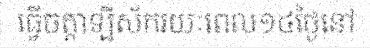
ធ្វើចត្តាឡីស័ករយៈពេល១៤ថ្ងៃនៅ